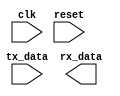
module UART_controller (
  input wire clk,
  input wire reset,
  input wire tx_data,
  output reg rx_data
);

// Timing control and synchronization blocks
// Sample rate adjustment, baud rate generation, clock domain crossing, bit synchronization, error detection/correction
// FIFO buffers for incoming and outgoing data
// Data integrity and reliability prioritized

// Verilog code for UART controller goes here

endmodule